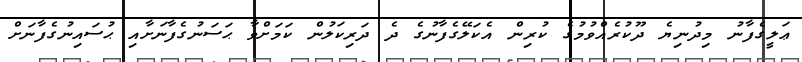
ޢަލީގެފާނު މިދުނިޔެ ދޫކުރެއްވުމުގެ ކުރިން އެކަލޭގެފާނުގެ ދެ ދަރިކަލުން ކަމަށްވާ ޙަސަނުގެފާނަށާއި ޙުސައިނުގެފާނަށް